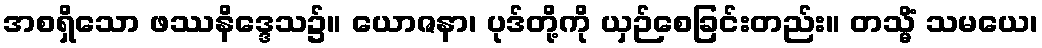
အစရှိသော ဖဿနိဒ္ဒေသ၌။ ယောဇနာ၊ ပုဒ်တို့ကို ယှဉ်စေခြင်းတည်း။ တသ္မိံ သမယေ၊